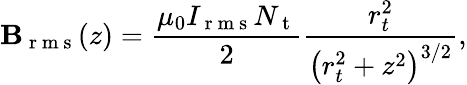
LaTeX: \mathbf{B}_{\mathrm{{~r~m~s~}}}(z)=\frac{{\mu_{0}I_{\mathrm{{~r~m~s~}}}N_{\mathrm{{~t~}}}}}{{2}}\frac{{r_{t}^{2}}}{{\left(r_{t}^{2}+z^{2}\right)^{3/2}}},